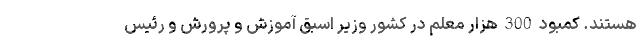
هستند. کمبود 300 هزار معلم در کشور وزیر اسبق آموزش و پرورش و رئیس